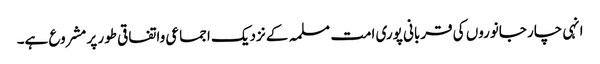
انہی چار جانوروں کی قربانی پوری امت مسلمہ کے نزدیک اجماعی واتفاقی طور پر مشروع ہے۔